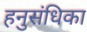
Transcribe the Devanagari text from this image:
हनुसंधिका